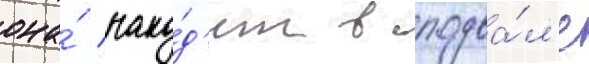
она́ нахо́д'ит в подва́л'е